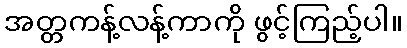
အတ္တကန့်လန့်ကာကို ဖွင့်ကြည့်ပါ။